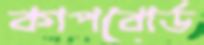
কাপবোর্ড